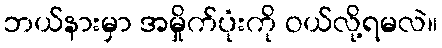
ဘယ်နားမှာ အမှိုက်ပုံးကို ဝယ်လို့ရမလဲ။